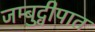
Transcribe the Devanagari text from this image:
जम्बुद्वीपात